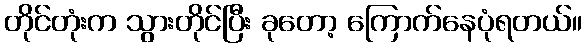
တိုင်တုံးက သွားတိုင်ပြီး ခုတော့ ကြောက်နေပုံရတယ်။